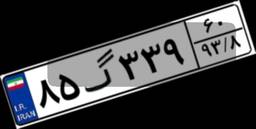
۰۸گ۹۳۲۸۱